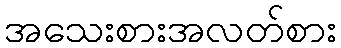
အသေးစားအလတ်စား